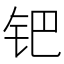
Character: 钯